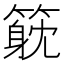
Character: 𥲇